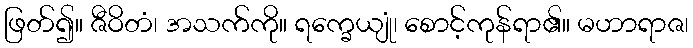
ဖြတ်၍။ ဇီဝိတံ၊ အသက်ကို။ ရက္ခေယျုံ၊ စောင့်ကုန်ရာ၏။ မဟာရာဇ၊